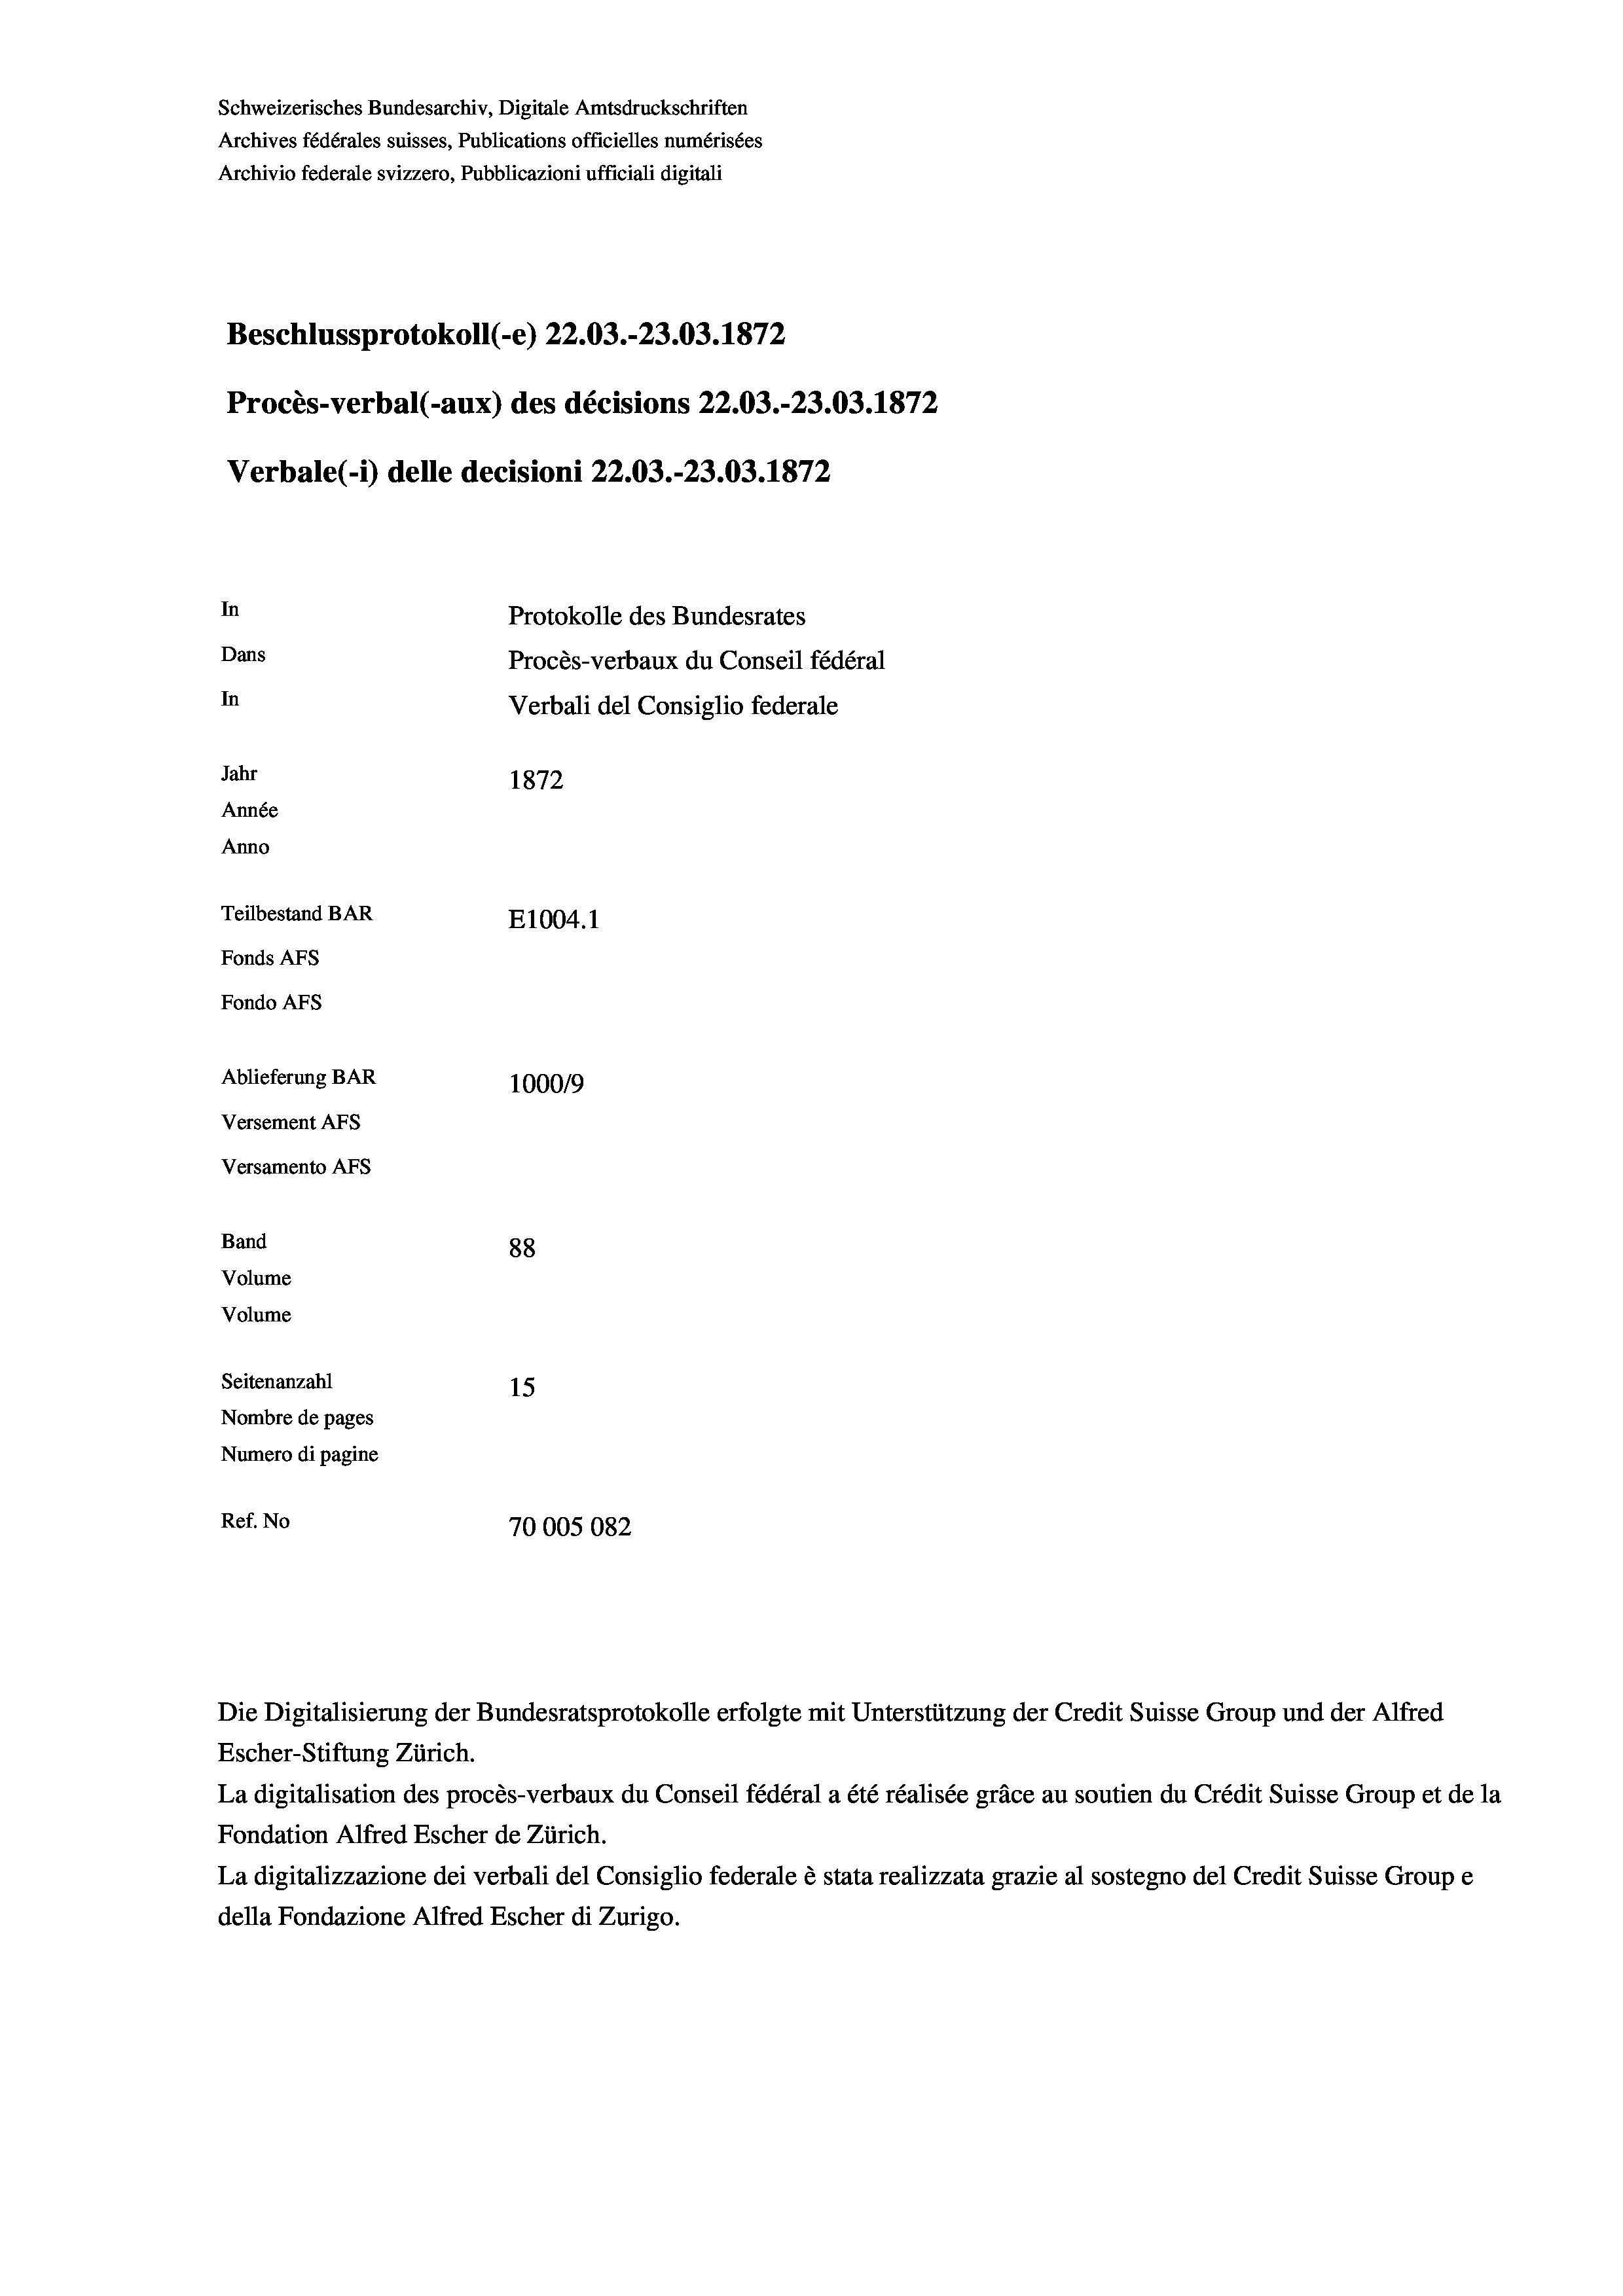
Schweizerisches Bundesarchiv, Digitale Amtsdruckschriften
Archives fédérales suisses, Publications officielles numérisées
Archivio federale svizzero, Pubblicazioni ufficiali digitali
Beschlussprotokoll (-e) 22.03.-23.03. 1872
Procès-verbal (-aux) des décisions 22.03.-23.03. 1872
Verbale (- 1) delle decisioni 22.03.-23.03. 1872
In
Protokolle des Bundesrates
Dans
Procès-verbaux du Conseil fédéral
In
Verbali del Consiglio federale
Jahr
1872
Année
Anno
Teilbestand BAR
E1004. 1
Fonds AFs
Fondo AFS
Ablieferung BAR
1000/9
Versement AFs
Versamento AFs
Band
88
Volume
Volume
Seitenanzahl
15
Nombre de pages
Numero di pagine
Ref. No
70005082

Escher-Stiftung Zürich.
La digitalisation des procès-verbaux du Conseil fédéral a été réalisée gräce au soutien du Crédit Suisse Group et de la
Fondation Alfred Escher de Zürich.
La digitalizzazione dei verbali del Consiglio federale è stata realizzata grazie al sostegno del Credit Suisse Groupe
della Fondazione Alfred Escher di Zurigo.

Die Digitalisierung der Bundesratsprotokolle erfolgte mit Unterstützung der Credit Suisse Group und der Alfred